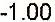
-1.00